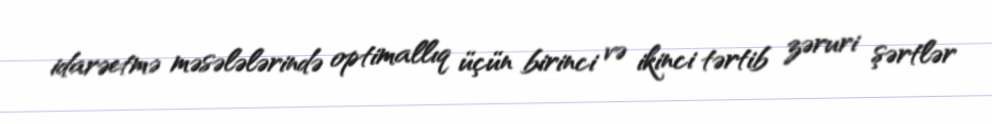
idarəetmə məsələlərində optimallıq üçün birinci və ikinci tərtib zəruri şərtlər